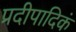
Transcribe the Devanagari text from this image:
प्रदीपादिकं